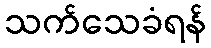
သက်သေခံရန်